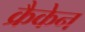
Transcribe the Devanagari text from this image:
क्रैकेन